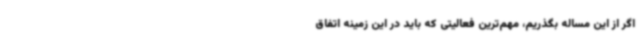
اگر از این مساله بگذریم، مهم‌ترین فعالیتی که باید در این زمینه اتفاق